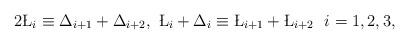
LaTeX: \begin{align*} 2\L_i \equiv \Delta_{i+1}+\Delta_{i+2},\ \L_i+\Delta_i \equiv \L_{i+1}+\L_{i+2}\ \ i=1, 2, 3, \end{align*}